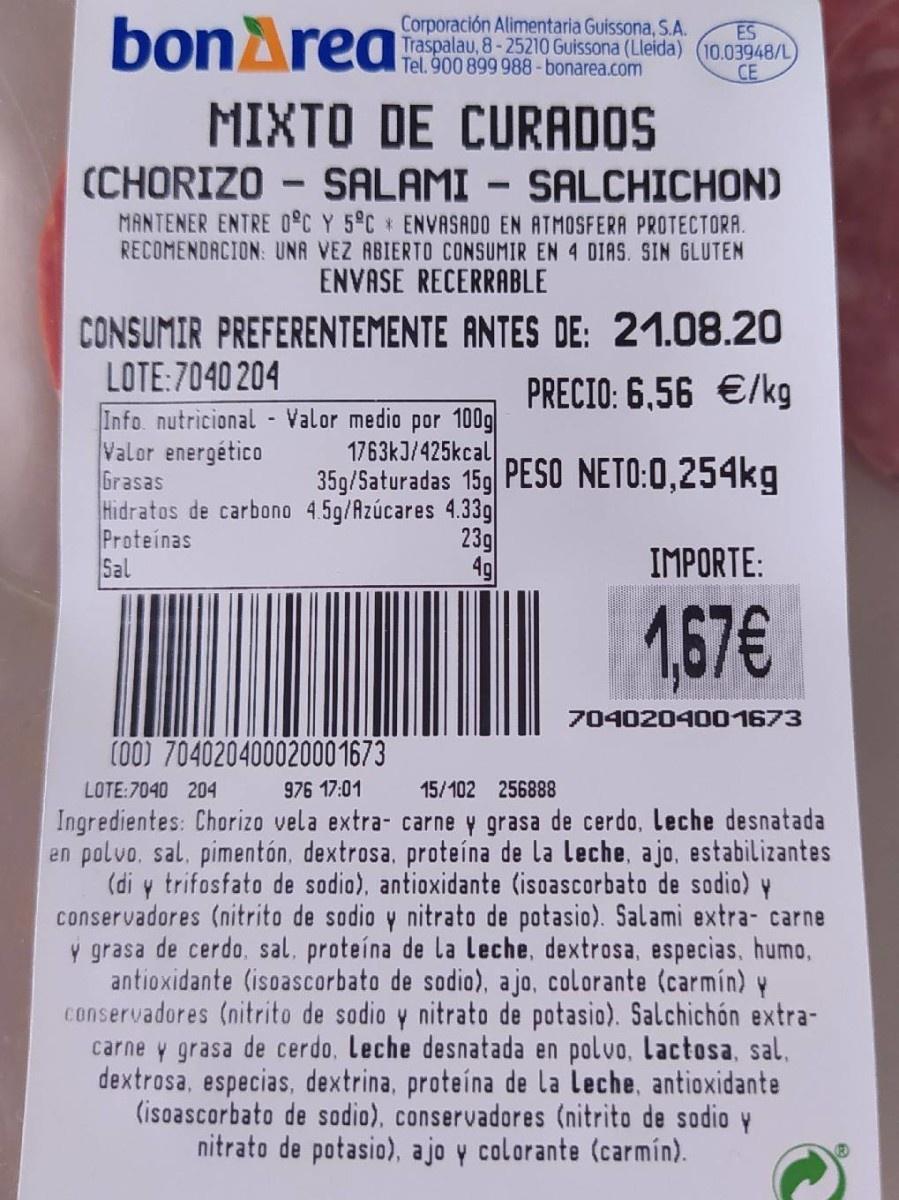
bonArea
Corporación Alimentaria Guissona, S.A. Traspalau, 8-25210 Guissona (Lleida) (10.03948/L Tel. 900 899 988-bonarea.com
ES
CE
MIXTO DE CURADOS
(CHORIZO - SALAMI - SALCHICHON) MANTENER ENTRE 0°C Y 5°C * ENVASADO EN ATMOSFERA PROTECTORA. RECOMENDACION: UNA VEZ ABIERTO CONSUMIR EN 4 DIAS. SIN GLUTEN ENVASE RECERRABLE
CONSUMIR PREFERENTEMENTE ANTES DE: 21.08.20
LOTE:7040 204 Info. nutricional - Valor medio por 100g Valor energético Grasas Hidratos de carbono 4.5g/Azúcares 4.33g Proteínas Sal
PRECIO: 6,56 €/kg
1763kJ/425kcal 35g/5aturadas 15g PESO NETO:0,254kg
23g 4g
IMPORTE:
1,67€
7040204001673
(00) 70402040002000 1673
LOTE:7040 204
976 17:01
15/102 256888
Ingredientes: Chorizo vela extra- carne y grasa de cerdo, Leche desnatada en polvo, sal, pimentón, dextrosa, proteína de la leche, ajo, estabilizantes (di y trifosfato de sodio), antioxidante (isoascorbato de sodio) y conservadores (nitrito de sodio y nitrato de potasio). Salami extra- carne ý grasa de cerdo, sal, proteína de la leche, dextrosa, especias, humo, antioxidante (isoascorbato de sodio), ajo, colorante (carmín) y conservadores (nitrito de sodio y nitrato de potasio). Salchichón extra- carne y grasa de cerdo, Leche desnatada en polvo, Lactosa, sal. dextrosa, especias, dextrina, proteína de la leche, antioxidante (isoascorbato de sodio), conservadores (nitrito de sodio y nitrato de potasio), ajo y colorante (carmín).